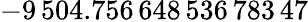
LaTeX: -9\, 504.756\, 648\, 536\, 783\, 47